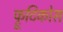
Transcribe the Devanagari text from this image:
फ्रूटिकोस